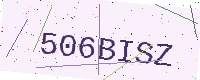
Text: 506BISZ